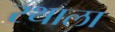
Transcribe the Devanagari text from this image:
रथाला